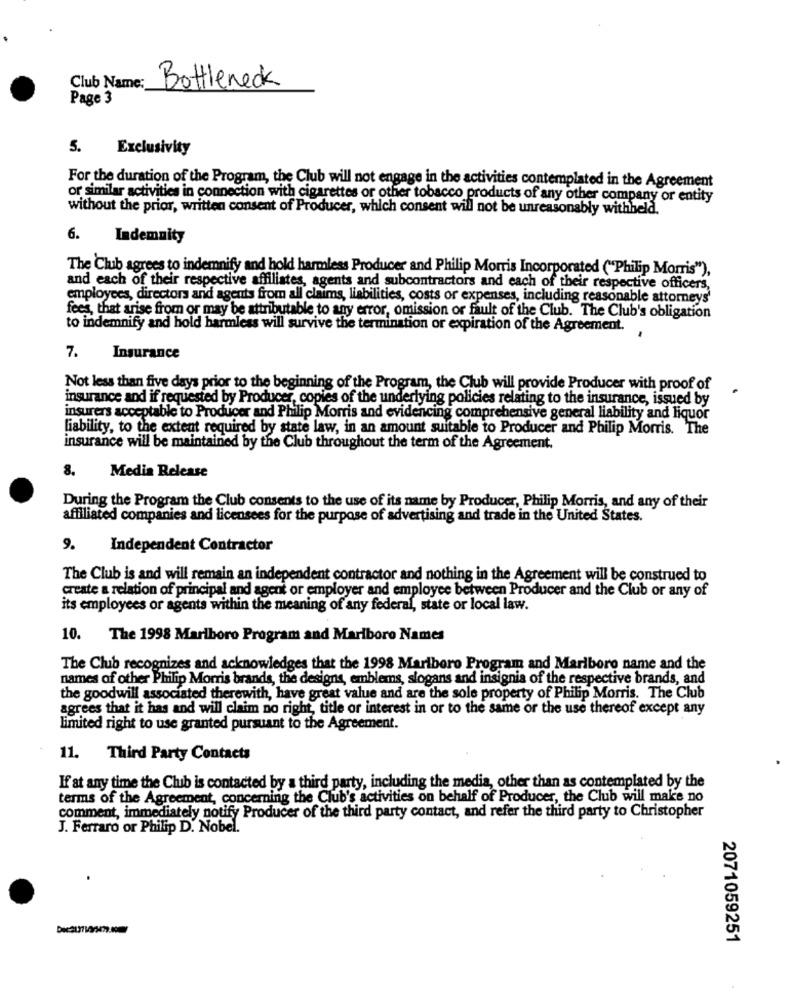
Club Name:
Bottleneck
Page 3
5.
Exclusivity
For the duration of the Program, the Club will not engage in the activities contemplated in the Agreement
or similar activities in connection with cigarettes or other tobacco products of any other company or entity
without the prior, written consent of Producer, which consent will not be unreasonably withheld.
6.
Indemnity
The Club agrees to indemnify and hold harmless Producer and Philip Morris Incorporated ("Philip Morris"),
and each of their respective affiliates, agents and subcontractors and each of their respective officers,
employees, directors and agents from all claims, liabilities, costs or expenses, including reasonable attorneys'
fees, that arise from or may be attributable to any error, omission or fault of the Club. The Club's obligation
to indemnify and hold harmless will survive the termination or expiration of the Agreement.
7.
Insurance
Not less than five days prior to the beginning of the Program, the Club will provide Producer with proof of
insurance and if requested by Producer, copies of the underlying policies relating to the insurance, issued by
insurers acceptable to Producer and Philip Morris and evidencing comprehensive general liability and liquor
liability, to the extent required by state law, in an amount suitable to Producer and Philip Morris. The
insurance will be maintained by the Club throughout the term of the Agreement.
8.
Media Release
During the Program the Club consents to the use of its name by Producer, Philip Morris, and any of their
affiliated companies and licensees for the purpose of advertising and trade in the United States.
9.
Independent Contractor
The Club is and will remain an independent contractor and nothing in the Agreement will be construed to
create a relation of principal and agent or employer and employee between Producer and the Club or any of
its employees or agents within the meaning of any federal, state or local law.
10.
The 1998 Marlboro Program and Marlboro Names
The Club recognizes and acknowledges that the 1998 Marlboro Program and Marlboro name and the
names of other Philip Morris brands, the designs, emblems, slogans and insignia of the respective brands, and
the goodwill associated therewith, have great value and are the sole property of Philip Morris. The Club
agrees that it has and will claim no right, title or interest in or to the same or the use thereof except any
limited right to use granted pursuant to the Agreement.
11. Third Party Contacts
If at any time the Chuib is contacted by a third party, including the media, other than as contemplated by the
terms of the Agreement, concerning the Club's activities on behalf of Producer, the Club will make no
comment, immediately notify Producer of the third party contact, and refer the third party to Christopher
J. Ferraro or Philip D. Nobel.
2071059251